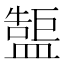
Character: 𥂷